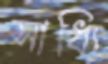
সাধ্যি